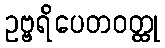
ဥဗ္ဗရိပေတဝတ္ထု